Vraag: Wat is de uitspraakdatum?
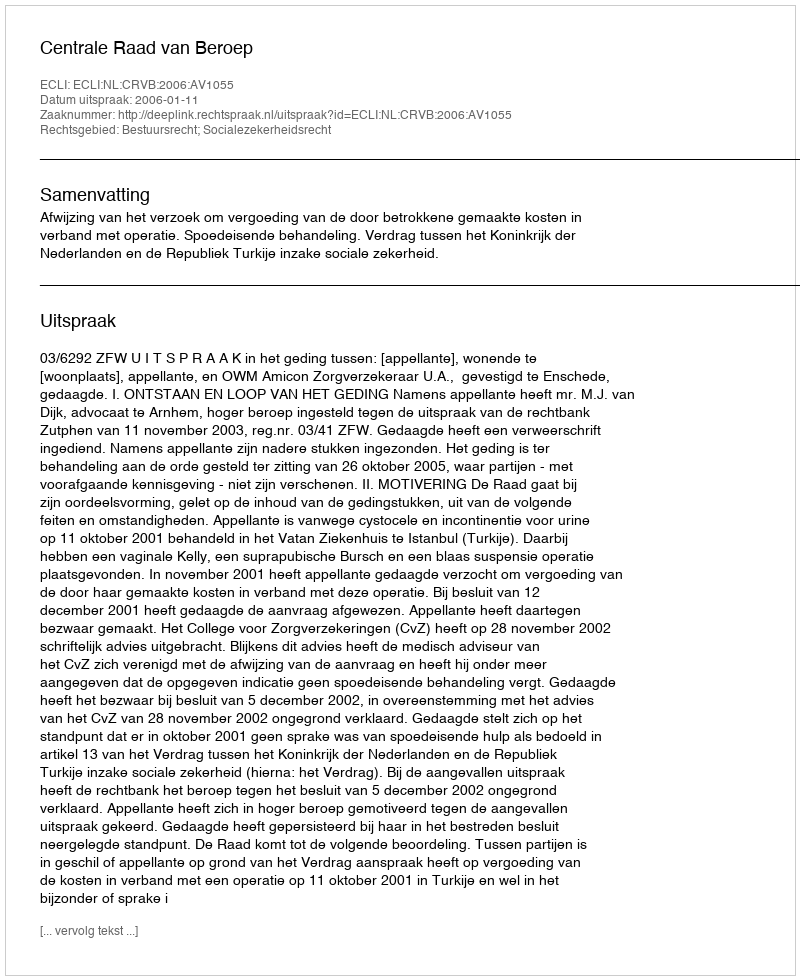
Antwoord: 2006-01-11